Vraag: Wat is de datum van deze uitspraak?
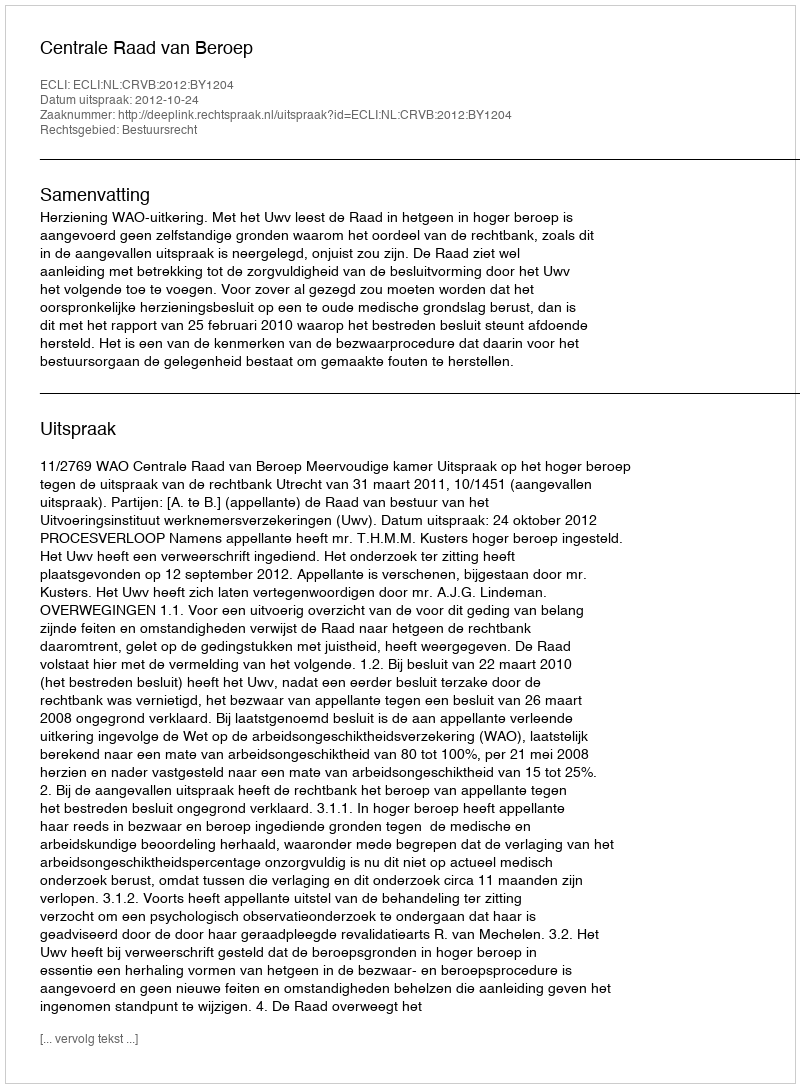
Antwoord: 2012-10-24